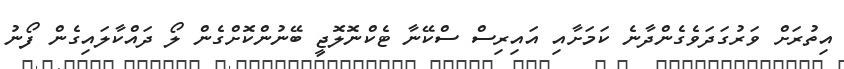
އިތުރަށް ވަރުގަދަވެެގެންދާނެ ކަމަށާއި އައިރިސް ސްކޭނާ ޓެކްނޮލޮޖީ ބޭނުންކޮށްގެން ލޯ ދައްކާލައިގެން ފޯނު